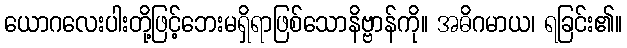
ယောဂလေးပါးတို့ဖြင့်ဘေးမရှိရာဖြစ်သောနိဗ္ဗာန်ကို။ အဓိဂမာယ၊ ရခြင်း၏။